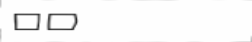
٣٣